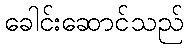
ခေါင်းဆောင်သည်